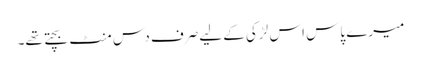
میرے پاس اس لڑکی کے لیےصرف دس منٹ بچتے تھے۔